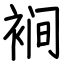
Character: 裥